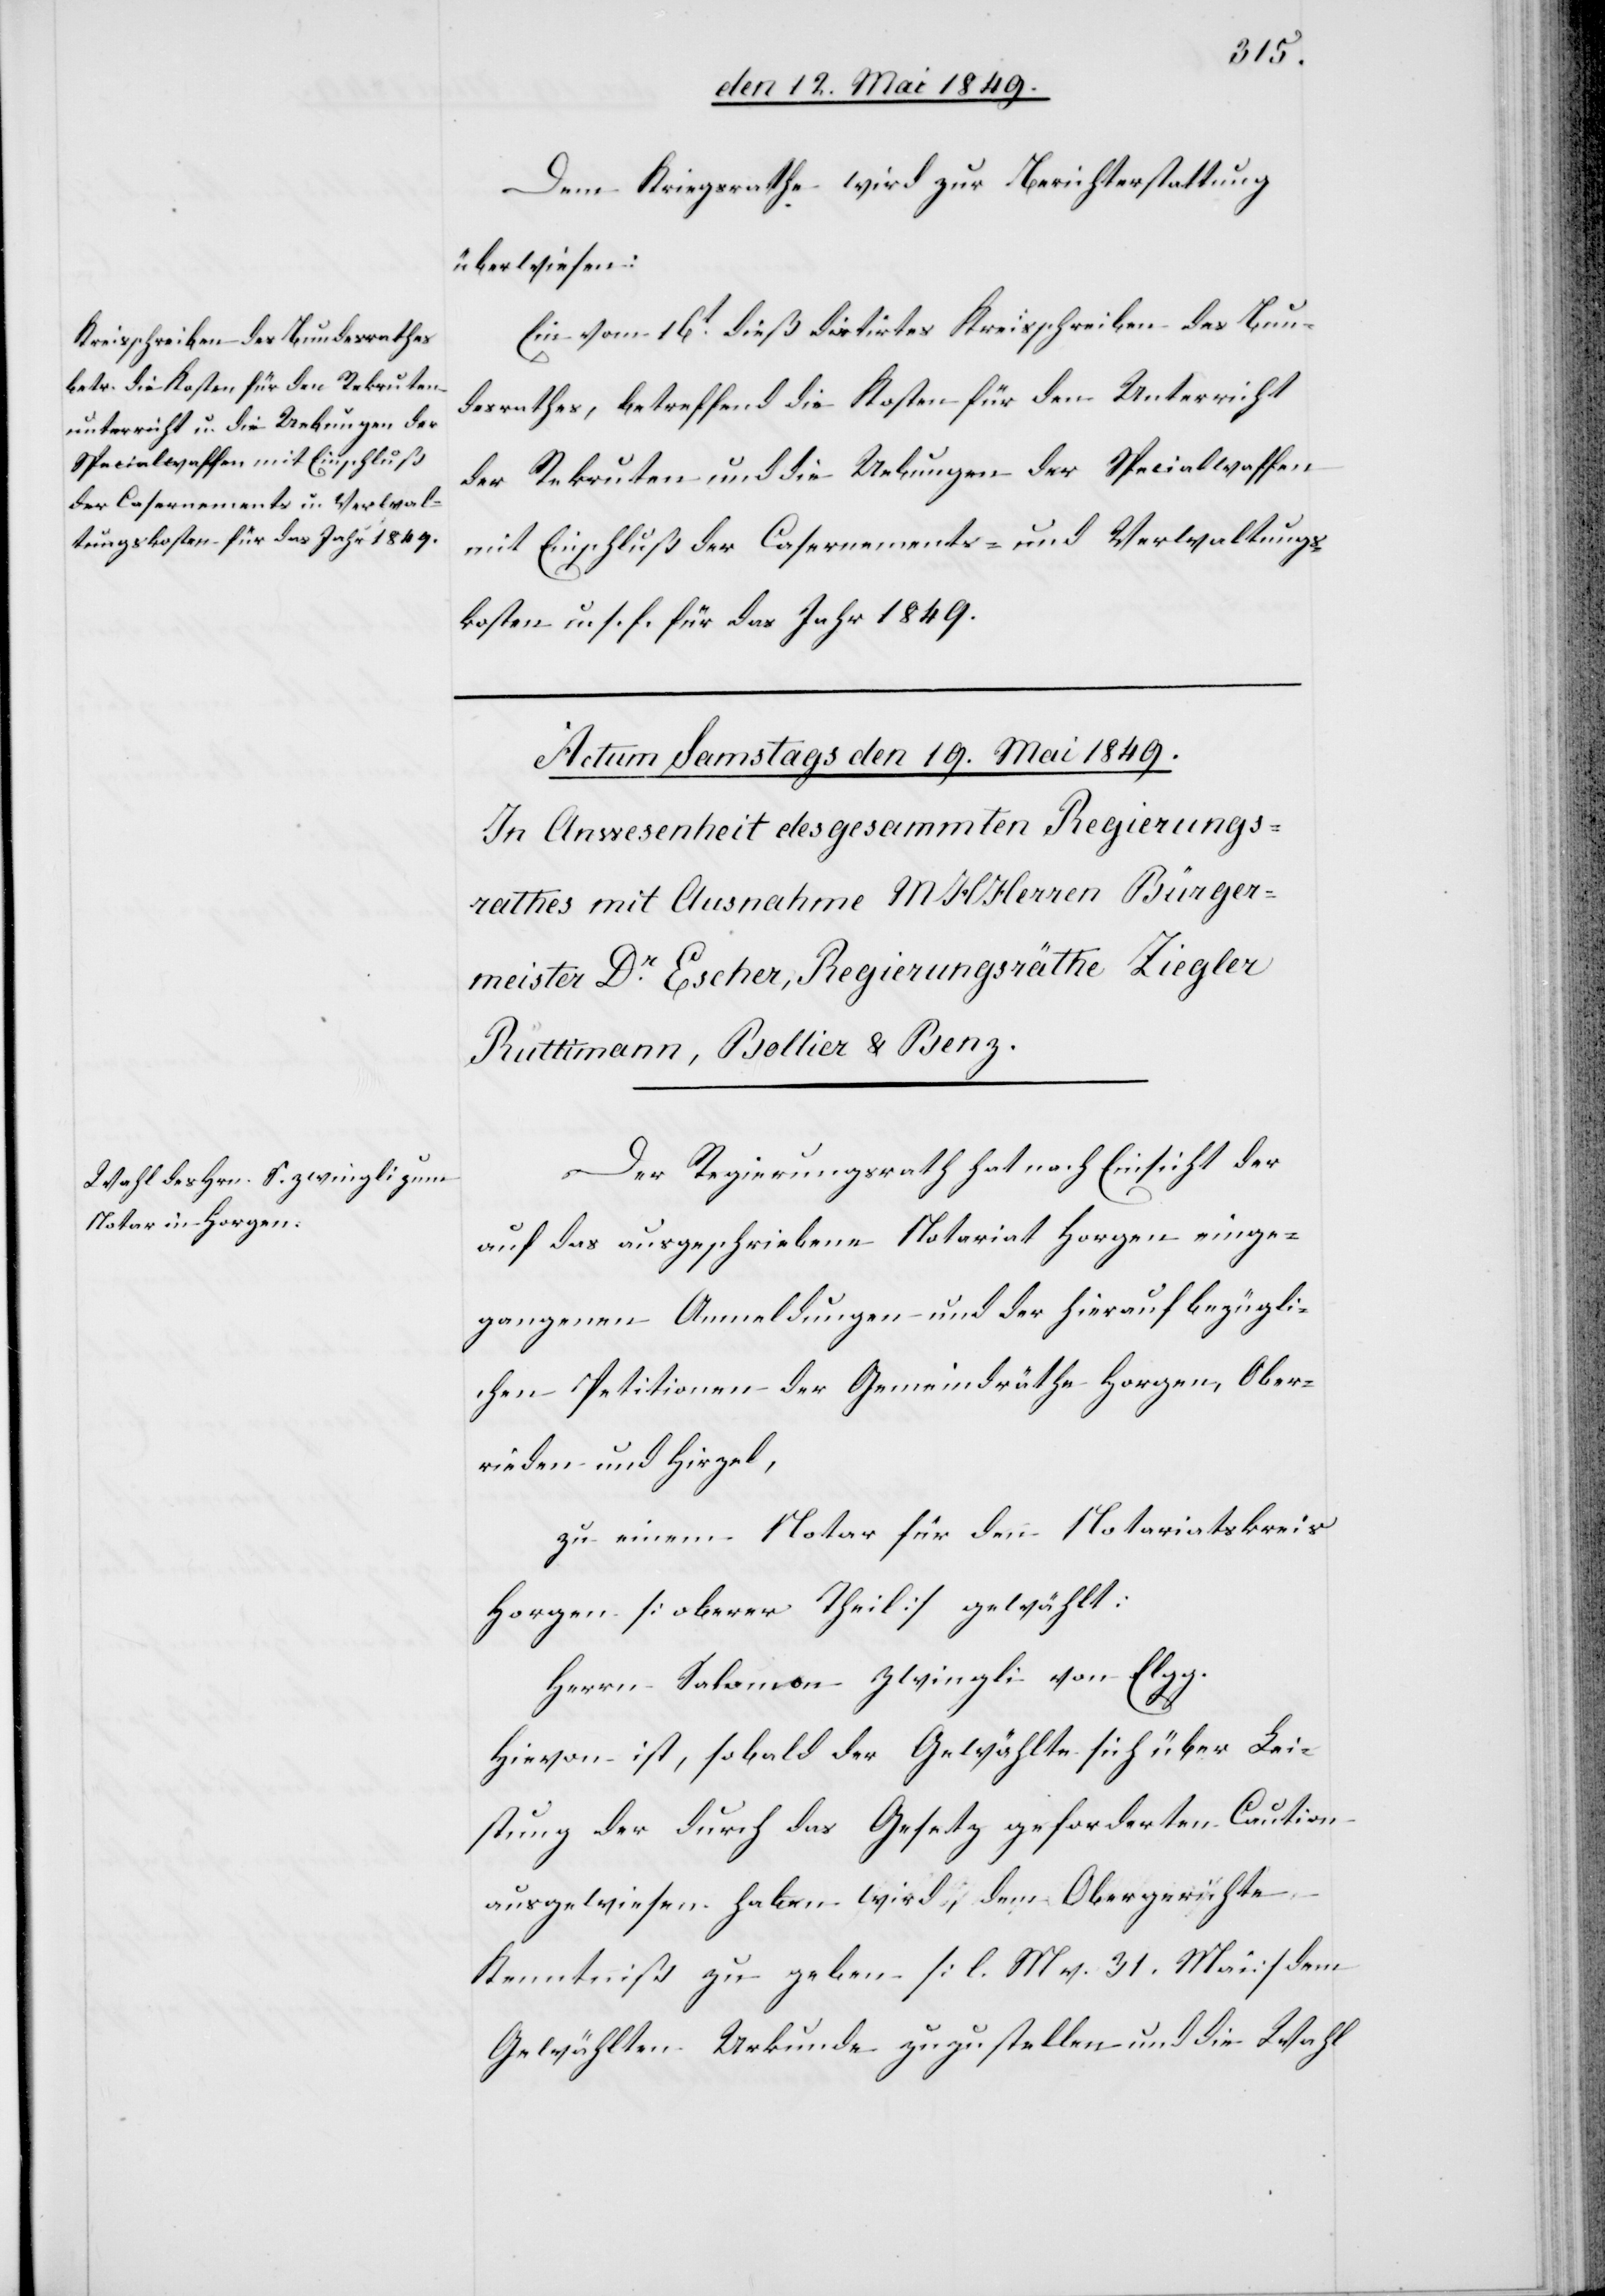
den 18 Mai 1849.]
Dem Kriegsrathe wird zur Berichterstattung
überwiesen:
Ein vom 16t dieß datirtes Kreisschreiben des Bun¬
desrathes, betreffend die Kosten für den Unterricht
der Rekruten und die Uebungen der Specialwaffen
mit Einschluß der Casernements- und Verwaltungs¬
kosten u. s. f. für das Jahr 1849.
Der Regierungsrath hat nach Einsicht der
auf das ausgeschriebene Notariat Horgen einge¬
gangene Anmeldungen und der hierauf bezügli¬
chen Petitionen der Gemeindräthe Horgen, Ober¬
rieden und Hirzel,
zu einem Notar für den Notariatskreis
Horgen [oberer Theil] gewählt:
Herrn Salomon Zwingli von Elgg.
Hievon ist, sobald der Gewählte sich über Lei¬
stung der durch das Gesetz geforderten Caution
ausgewiesen haben wird, dem Obergerichte
Kenntniß zu geben [l. M. h. T] dem
Gewählten Urkunde zuzustellen und die Wahl